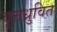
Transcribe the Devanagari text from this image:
वृत्तध्रुवित